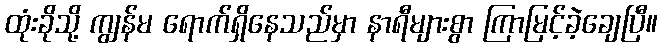
ထုံးခိုသို့ ကျွန်မ ရောက်ရှိနေသည်မှာ နာရီများစွာ ကြာမြင့်ခဲ့ချေပြီ။